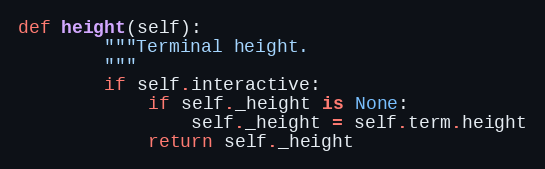
Language: Python
def height(self):
        """Terminal height.
        """
        if self.interactive:
            if self._height is None:
                self._height = self.term.height
            return self._height